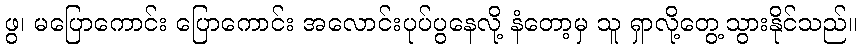
ဖွ၊ မပြောကောင်း ပြောကောင်း အလောင်းပုပ်ပွနေလို့ နံတော့မှ သူ ရှာလို့တွေ့သွားနိုင်သည်။